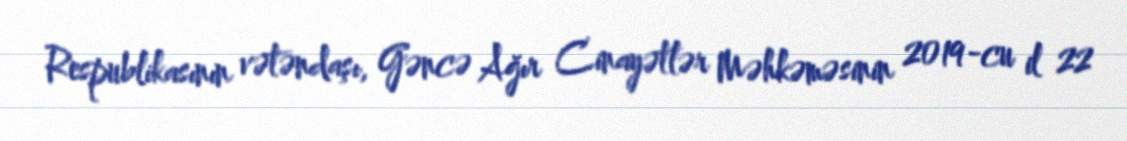
Respublikasının vətəndaşı, Gəncə Ağır Cinayətlər Məhkəməsinin 2019-cu il 22